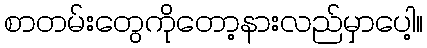
စာတမ်းတွေကိုတော့နားလည်မှာပေါ့။